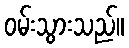
ဝမ်းသွားသည်။